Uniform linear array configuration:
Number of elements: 16
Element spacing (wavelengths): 0.75
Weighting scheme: exponential
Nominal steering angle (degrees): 60
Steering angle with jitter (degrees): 61.373
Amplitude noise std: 0.05
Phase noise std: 0.05

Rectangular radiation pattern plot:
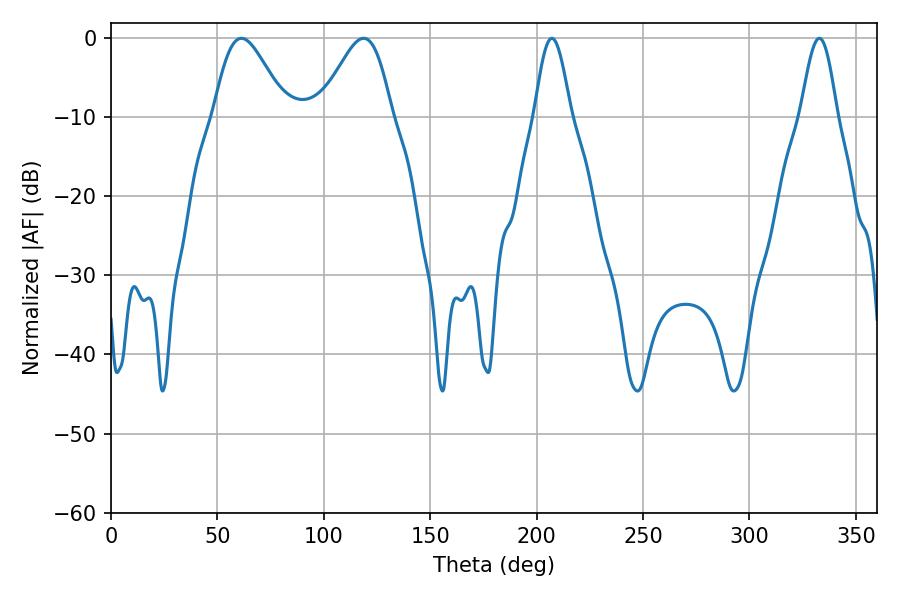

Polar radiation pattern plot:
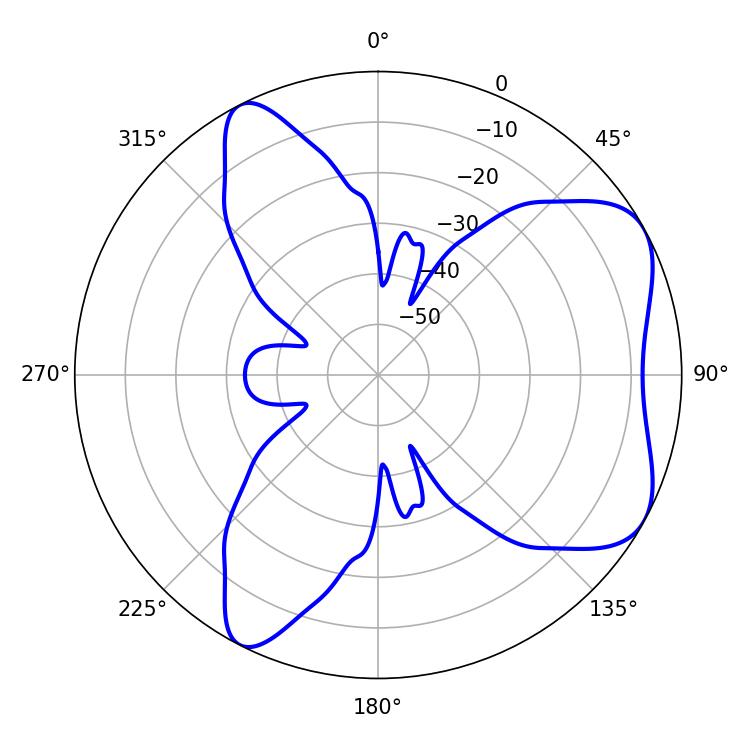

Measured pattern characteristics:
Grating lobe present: TRUE
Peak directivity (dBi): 6.087
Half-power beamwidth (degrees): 9.18
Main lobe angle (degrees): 207.18